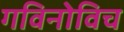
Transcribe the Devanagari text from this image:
गविनोविच